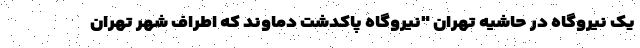
یک نیروگاه در حاشیه تهران "نیروگاه پاکدشت دماوند که اطراف شهر تهران